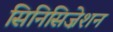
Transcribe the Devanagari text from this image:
सिनिसिज़ेशन